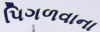
પિગળવાના